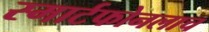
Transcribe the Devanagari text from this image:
स्मार्टफोनलाच